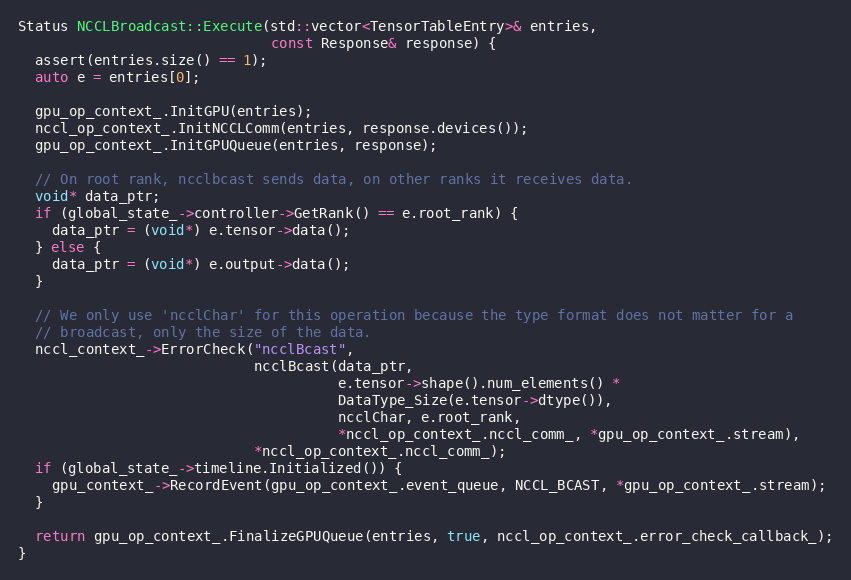
Language: C++
Status NCCLBroadcast::Execute(std::vector<TensorTableEntry>& entries,
                              const Response& response) {
  assert(entries.size() == 1);
  auto e = entries[0];

  gpu_op_context_.InitGPU(entries);
  nccl_op_context_.InitNCCLComm(entries, response.devices());
  gpu_op_context_.InitGPUQueue(entries, response);

  // On root rank, ncclbcast sends data, on other ranks it receives data.
  void* data_ptr;
  if (global_state_->controller->GetRank() == e.root_rank) {
    data_ptr = (void*) e.tensor->data();
  } else {
    data_ptr = (void*) e.output->data();
  }

  // We only use 'ncclChar' for this operation because the type format does not matter for a
  // broadcast, only the size of the data.
  nccl_context_->ErrorCheck("ncclBcast",
                            ncclBcast(data_ptr,
                                      e.tensor->shape().num_elements() *
                                      DataType_Size(e.tensor->dtype()),
                                      ncclChar, e.root_rank,
                                      *nccl_op_context_.nccl_comm_, *gpu_op_context_.stream),
                            *nccl_op_context_.nccl_comm_);
  if (global_state_->timeline.Initialized()) {
    gpu_context_->RecordEvent(gpu_op_context_.event_queue, NCCL_BCAST, *gpu_op_context_.stream);
  }

  return gpu_op_context_.FinalizeGPUQueue(entries, true, nccl_op_context_.error_check_callback_);
}